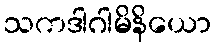
သကဒါဂါမိနိယော